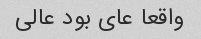
واقعا عای بود عالی